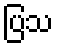
ပြသ